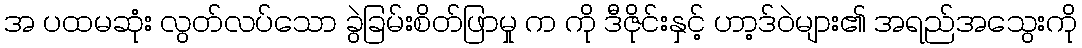
အ ပထမဆုံး လွတ်လပ်သော ခွဲခြမ်းစိတ်ဖြာမှု က ကို ဒီဇိုင်းနှင့် ဟာ့ဒ်ဝဲများ၏ အရည်အသွေးကို